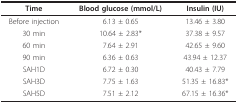
| Time | Blood glucose (mmol/L) | Insulin (IU) |
 | --- | --- | --- |
 | Before injection | 6.13 ± 0.65 | 13.46 ± 3.80 |
 | 30 min | 10.64 ± 2.83* | 37.38 ± 9.57 |
 | 60 min | 7.64 ± 2.91 | 42.65 ± 9.60 |
 | 90 min | 6.36 ± 0.63 | 43.94 ± 12.37 |
 | SAH1D | 6.72 ± 0.30 | 40.43 ± 7.79 |
 | SAH3D | 7.75 ± 1.63 | 51.35 ± 16.83* |
 | SAH5D | 7.51 ± 2.12 | 67.15 ± 16.36* |